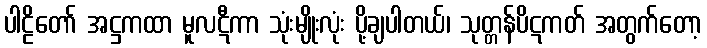
ပါဠိတော် အဋ္ဌကထာ မူလဋီကာ သုံးမျိုးလုံး ပို့ချပါတယ်၊ သုတ္တန်ပိဋကတ် အတွက်တော့